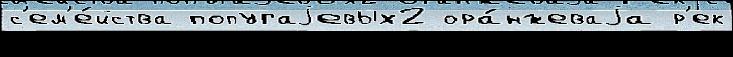
с'ем'е́йства попугаjевых2 ора́нжеваjа р'ек